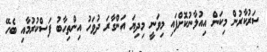
ސަރުކާރުން މިކަން އިއުލާނުކޮށްފައި މިވަނީ މިދިޔަ އަންގާރަ ދުވަހު އިންތިހާބު ފަސްކުރުމާއި ބެހޭ